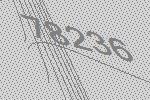
78236